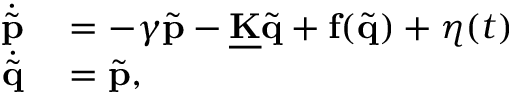
\begin{array} { r l } { \dot { \tilde { \mathbf { p } } } } & { { } = - \gamma \tilde { \mathbf { p } } - \mathbf { \underline { { K } } } \tilde { \mathbf { q } } + \mathbf { f } ( \tilde { \mathbf { q } } ) + \boldsymbol { \eta } ( t ) } \\ { \dot { \tilde { \mathbf { q } } } } & { { } = \tilde { \mathbf { p } } , } \end{array}